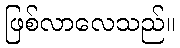
ဖြစ်လာလေသည်။